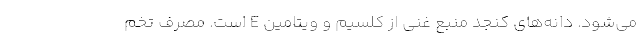
می‌شود. دانه‌های کنجد منبع غنی از کلسیم و ویتامین E است. مصرف تخم